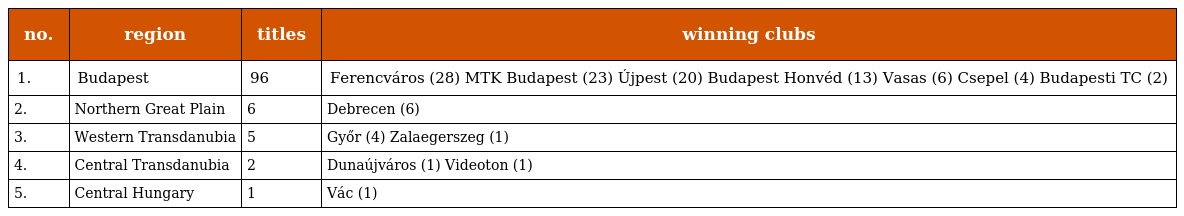
| no. | region | titles | winning clubs |
 | --- | --- | --- | --- |
 | 1. | Budapest | 96 | Ferencváros (28) MTK Budapest (23) Újpest (20) Budapest Honvéd (13) Vasas (6) Csepel (4) Budapesti TC (2) |
 | 2. | Northern Great Plain | 6 | Debrecen (6) |
 | 3. | Western Transdanubia | 5 | Győr (4) Zalaegerszeg (1) |
 | 4. | Central Transdanubia | 2 | Dunaújváros (1) Videoton (1) |
 | 5. | Central Hungary | 1 | Vác (1) |